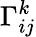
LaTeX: \Gamma_{ij}^{k}